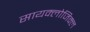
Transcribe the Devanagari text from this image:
सायक्लोजिक्ल